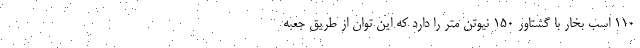
110 اسب بخار با گشتاور 150 نیوتن متر را دارد که این توان از طریق جعبه